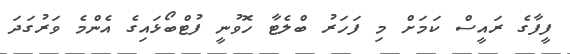
ފީފާގެ ރައީސް ކަމަށް މި ފަހަރު ބްލެޓާ ހޮވުނީ ފުޓްބޯޅައިގެ އެންމެ ވަރުގަދަ